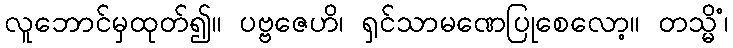
လူဘောင်မှထုတ်၍။ ပဗ္ဗဇေဟိ၊ ရှင်သာမဏေပြုစေလော့။ တသ္မိံ၊